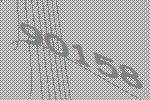
90158